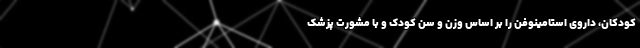
کودکان، داروی استامینوفن را بر اساس وزن و سن کودک و با مشورت پزشک